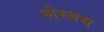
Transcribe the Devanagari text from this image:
लेस्बस्